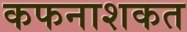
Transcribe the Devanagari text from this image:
कफनाशकत